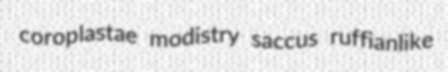
coroplastae modistry saccus ruffianlike